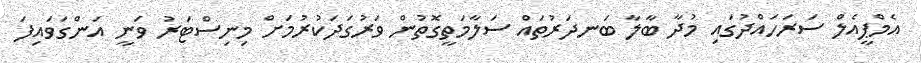
އެމްޕީއެލް ސަރަހައްދުގައި މުދާ ބާލާ ބަނދަރުތައް ސަލާމަތީގޮތުން ވަރުގަދަކުރުމަށް މިނިސްޓަރު ވަނީ އަންގަވައިފަ